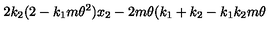
2 k _ { 2 } ( 2 - k _ { 1 } m \theta ^ { 2 } ) x _ { 2 } - 2 m \theta ( k _ { 1 } + k _ { 2 } - k _ { 1 } k _ { 2 } m \theta